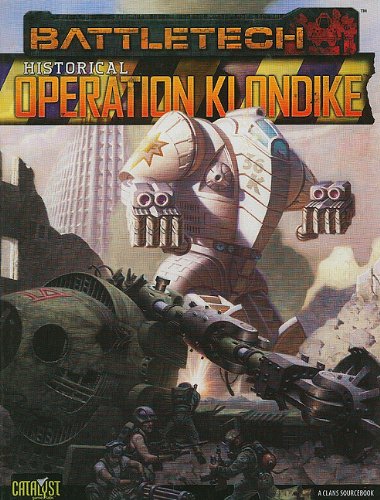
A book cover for Historical Operation Klondike (Battletech Sourcebooks); Chris Hartford; Science Fiction & Fantasy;